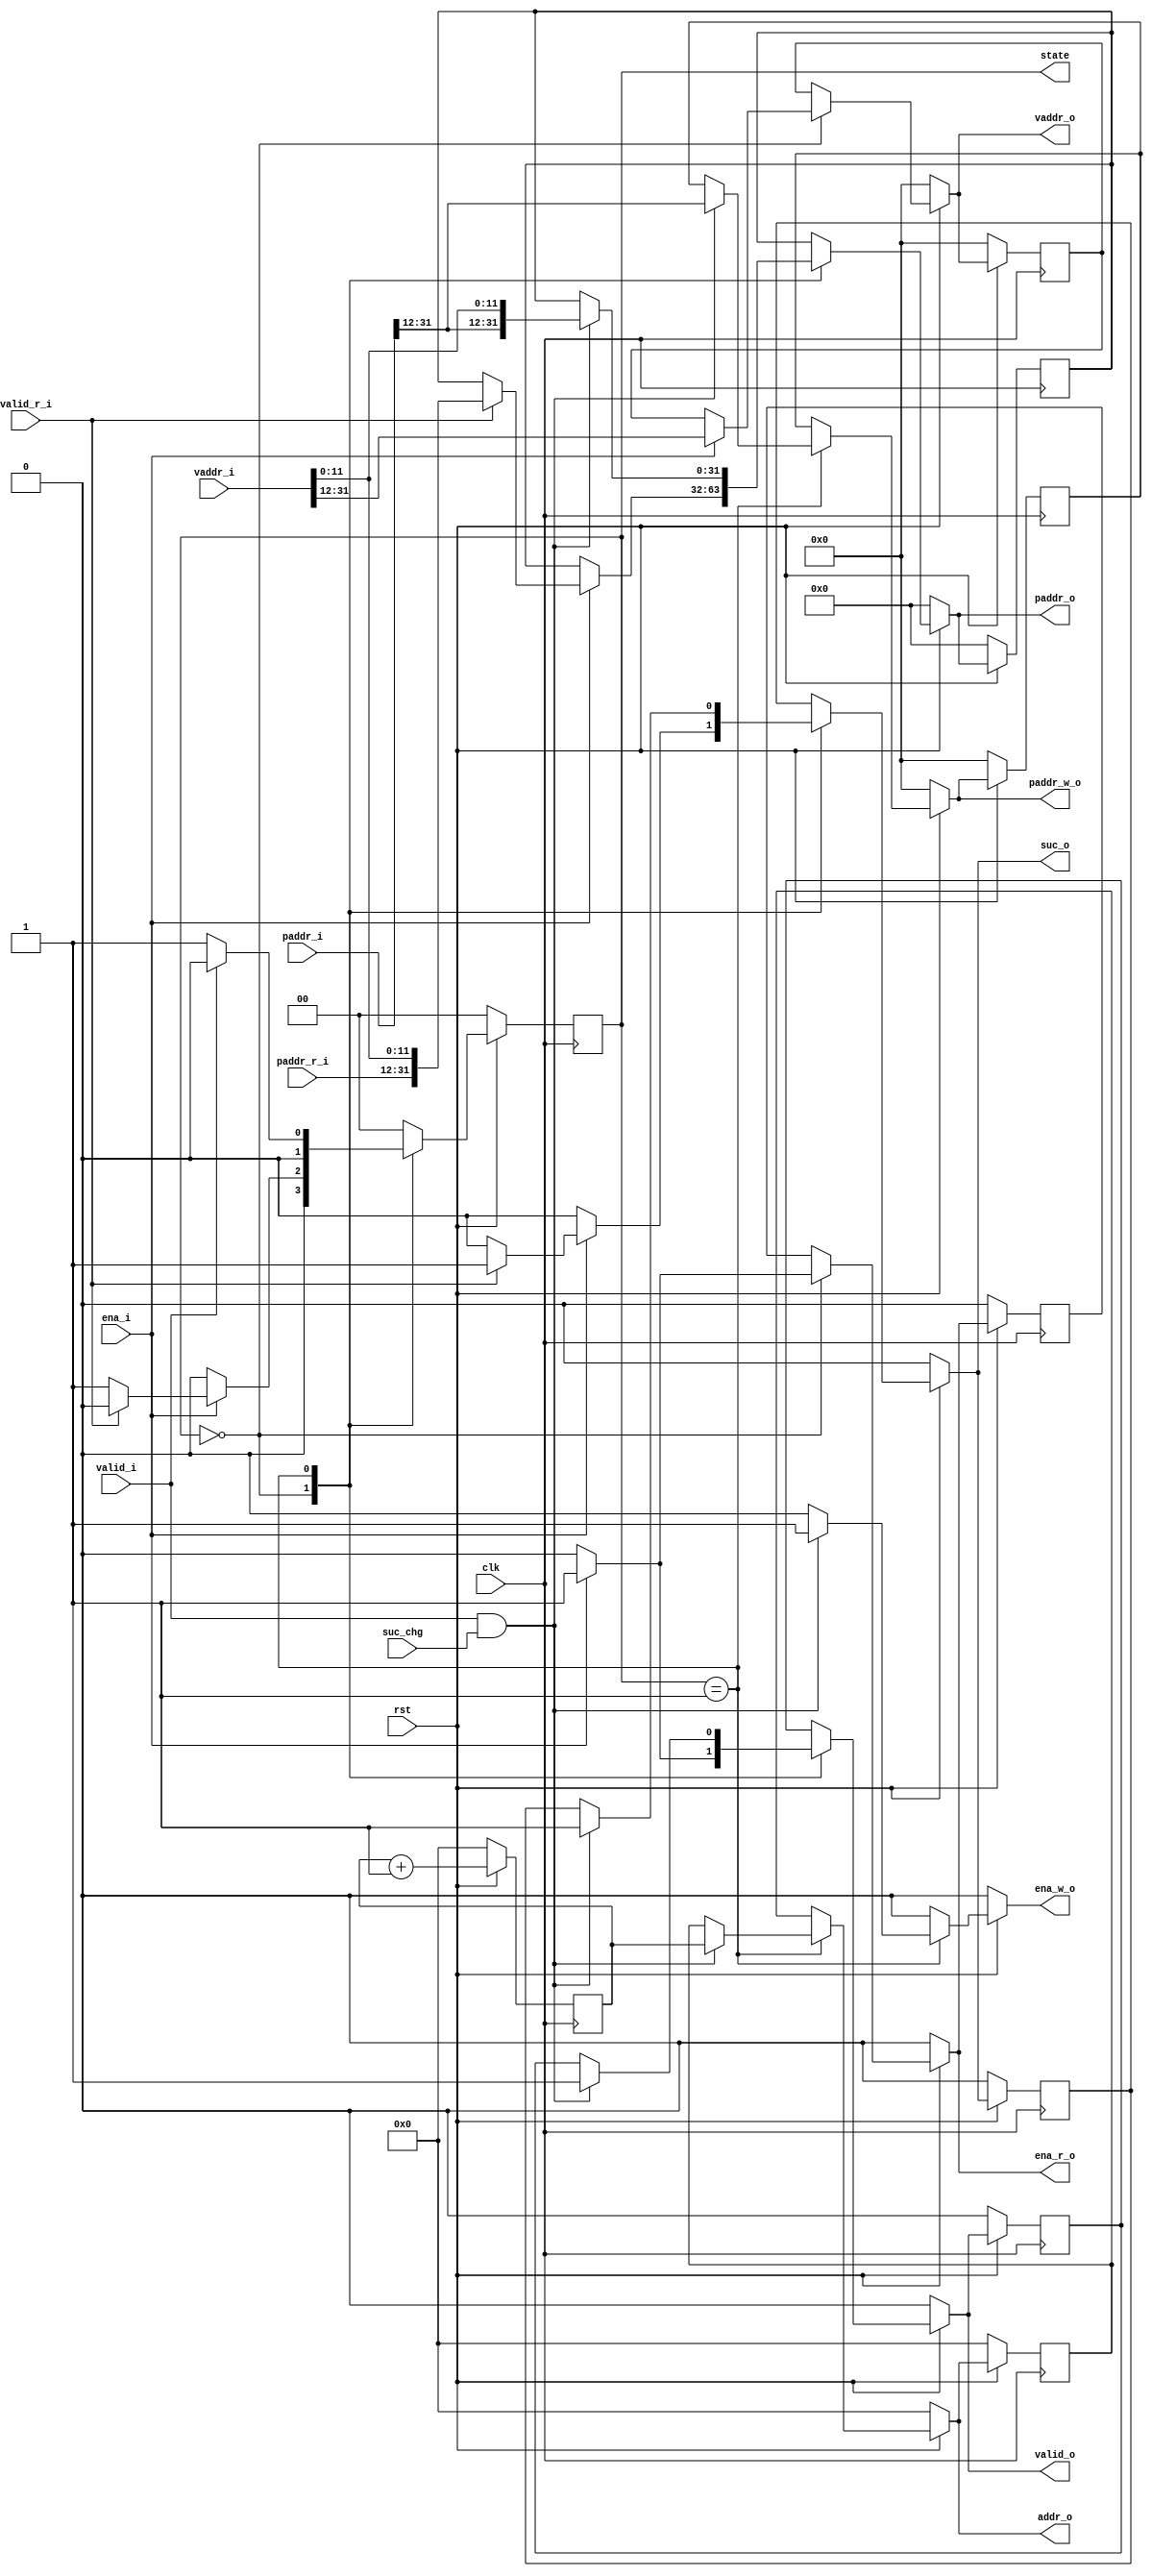
module itlb(

input		clk,
input		rst,
input[31:0]	vaddr_i,
input 		ena_i,
input[31:0]	paddr_i,
input		valid_i,
input		suc_chg,

input[19:0]	paddr_r_i,
input		valid_r_i,



output reg[31:0]	paddr_o,
output reg		valid_o,
output reg		suc_o,

output reg		ena_r_o,
output reg[19:0]	vaddr_o,

output reg		ena_w_o,
output reg[3:0]		addr_o,
output reg[19:0]	paddr_w_o,

output[1:0] state


);


parameter s0=1'b0;
parameter s1=1'b1;


reg[1:0] cur_state, next_state;
reg[3:0] cnt;


reg[31:0]	paddr_o_i;
reg		valid_o_i;
reg		suc_o_i;

reg		ena_r_o_i;
reg[19:0]	vaddr_o_i;

reg		ena_w_o_i;
reg[3:0]	addr_o_i;
reg[19:0]	paddr_w_o_i;

assign state = cur_state;

always @(posedge clk) begin
	if(!rst) begin
		cur_state <= 0;
		cnt <= 0;
		paddr_o_i<=0;
		valid_o_i<=0;
		suc_o_i<=0;
		ena_r_o_i<=0;
		vaddr_o_i<=0;
		ena_w_o_i<=0;
		addr_o_i<=0;
		paddr_w_o_i<=0;
	end
	else begin
		paddr_o_i<=paddr_o;
		valid_o_i<=valid_o;
		suc_o_i<=suc_o;
		ena_r_o_i<=ena_r_o;
		vaddr_o_i<=vaddr_o;
		ena_w_o_i<=ena_w_o;
		addr_o_i<=addr_o;
		paddr_w_o_i<=paddr_w_o;

		cur_state <= next_state;
		cnt	  <= cnt + 1;
	end
end


always @(*) begin
	if(!rst) begin
		next_state <= 0;
	end else begin

	case(cur_state)
		s0:begin
			if(!ena_i) begin
				next_state <= s0;	
			end
			else begin
				if(!valid_r_i) begin
					next_state <= s1;
				end
				else begin
					next_state <= s0;
				end
			end
		end
	
		s1:begin
			if(!valid_i)begin
				next_state <= s1;
			end
			else begin
				next_state <= s0;
			end

		end
		
		default:begin
			next_state <= s0;
		end	
	endcase
	end

end


always @(*) begin
	if(!rst) begin
		ena_w_o 	<= 0;
		addr_o 		<= 0;
		paddr_w_o 	<= 0;
		valid_o  	<= 0;
		suc_o		<= 0;
		vaddr_o		<= 0;
		paddr_o <=0;
		ena_r_o <=0;
	end
	else begin
		paddr_o<=paddr_o_i;
		valid_o<=valid_o_i;
		suc_o  <=suc_o_i;
		ena_r_o<=ena_r_o_i;
		vaddr_o<=vaddr_o_i;
		ena_w_o<=ena_w_o_i;
		addr_o <=addr_o_i;
		paddr_w_o<=paddr_w_o_i;

	case(cur_state)
		s0:begin
			if(!ena_i) begin
				valid_o <= 0;
				suc_o   <= 0;
				ena_r_o <= 0;
				ena_w_o <= 0;				
			end
			else begin
				vaddr_o <= vaddr_i[31:12];
				ena_r_o <= ena_i;
				ena_w_o <= 0;
				if(valid_r_i) begin
					valid_o <= 1'b1;
					suc_o   <= 1'b1;
					paddr_o <= {paddr_r_i,vaddr_i[11:0]};
				end
				else begin					
					valid_o <= 1'b1;
					suc_o   <= 1'b0;
				end
			end
		end
	
		s1:begin
			if(valid_i && suc_chg)begin
				addr_o   <= cnt;
				paddr_w_o<= paddr_i[31:12];
				paddr_o <= {paddr_i[31:12],vaddr_i[11:0]};
				ena_w_o  <= 1'b1;
				suc_o    <= 1'b1;
				valid_o <= 1'b1;
			end
			else begin
				ena_w_o  <= 1'b0;
			end

		end
		
		default:begin
			ena_w_o  <= 1'b0;
		end	
	endcase
	end

end



endmodule